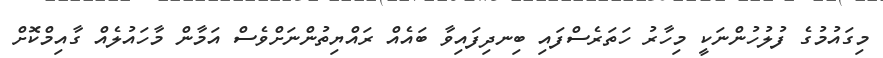
މިގައުމުގެ ފުލުހުންނަކީ މިހާރު ހަތަރެސްފައި ބިނދިފައިވާ ބައެއް ރައްޔިތުންނަށްވެސް އަމާން މާހައުލެއް ގާއިމްކޮށް